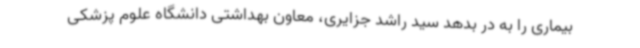
بیماری را به در بدهد سید راشد جزایری، معاون بهداشتی دانشگاه علوم پزشکی